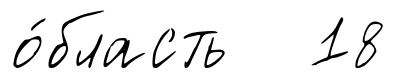
о́бласть 18